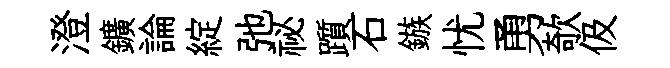
澄鑛論綻弛祕躓石鏃忧勇欹伋